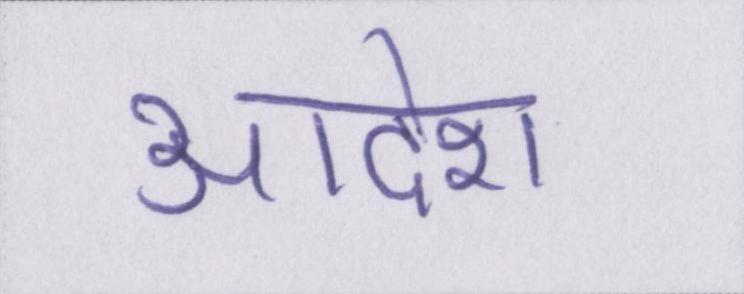
आदेश